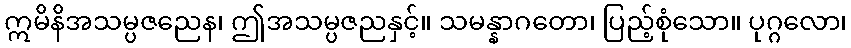
ဣမိနိအသမ္ပဇညေန၊ ဤအသမ္ပဇညနှင့်။ သမန္နာဂတော၊ ပြည့်စုံသော။ ပုဂ္ဂလော၊